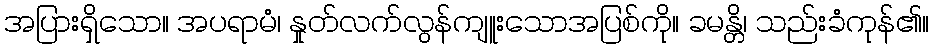
အပြားရှိသော။ အပရာမံ၊ နှုတ်လက်လွန်ကျူးသောအပြစ်ကို။ ခမန္တိ၊ သည်းခံကုန်၏။